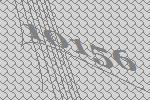
10156